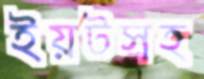
ইয়টসহ